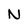
Character: N